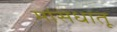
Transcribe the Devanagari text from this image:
मांसधातू